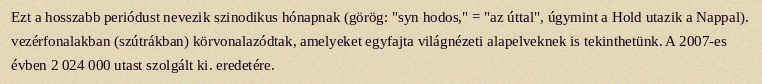
Ezt a hosszabb periódust nevezik szinodikus hónapnak (görög: "syn hodos," = "az úttal", úgymint a Hold utazik a Nappal). vezérfonalakban (szútrákban) körvonalazódtak, amelyeket egyfajta világnézeti alapelveknek is tekinthetünk. A 2007-es évben 2 024 000 utast szolgált ki. eredetére.